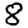
Digit: 8